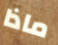
ماذا